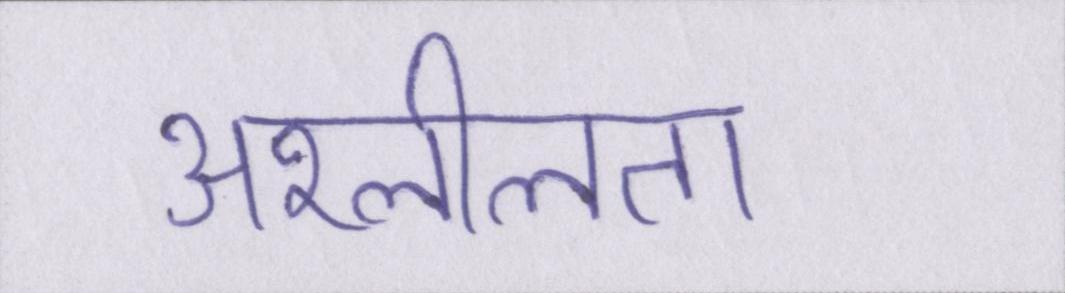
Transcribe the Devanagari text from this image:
अश्लीलता